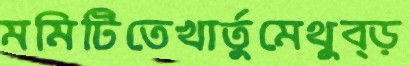
মমিটিতেখার্তুমেথুব্‌ড়